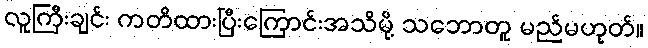
လူကြီးချင်း ကတိထားပြီးကြောင်းအသိမို့ သဘောတူ မည်မဟုတ်။